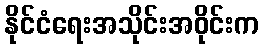
နိုင်ငံရေးအသိုင်းအဝိုင်းက